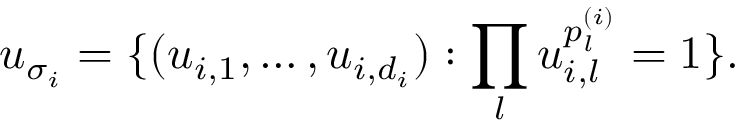
u _ { \sigma _ { i } } = \{ ( u _ { i , 1 } , \ldots , u _ { i , d _ { i } } ) : \prod _ { l } u _ { i , l } ^ { p _ { l } ^ { ( i ) } } = 1 \} .